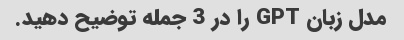
مدل زبان GPT را در 3 جمله توضیح دهید.